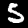
Digit: 5